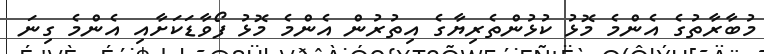
މުބާރާތުގެ އެންމެ މޮޅު ކުޅުންތެރިޔާގެ އިތުރުން އެންމެ މޮޅު ފޯވާޑަކަށާއި އެންމެ ގިނަ